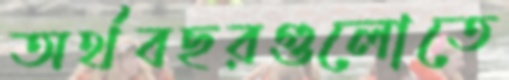
অর্থবছরগুলোতে